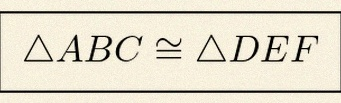
\triangle ABC\cong\triangle DEF